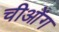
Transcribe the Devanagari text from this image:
चीओंग